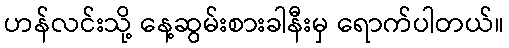
ဟန်လင်းသို့ နေ့ဆွမ်းစားခါနီးမှ ရောက်ပါတယ်။